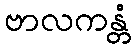
ဗာလကန္တံ